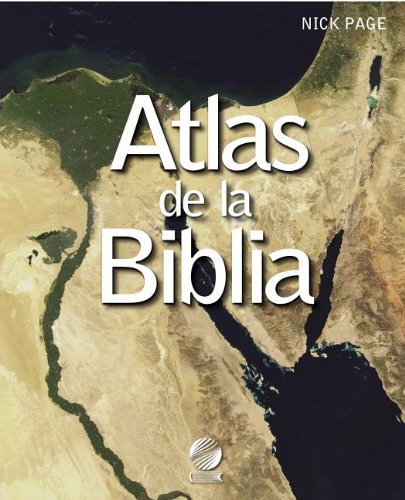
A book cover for Atlas de la Biblia (Spanish Edition); Nick Page; Christian Books & Bibles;